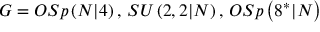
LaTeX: G = O S p \left( N | 4 \right) , \, S U \left( 2 , 2 | N \right) , \, O S p \left( 8 ^ { \ast } | N \right)